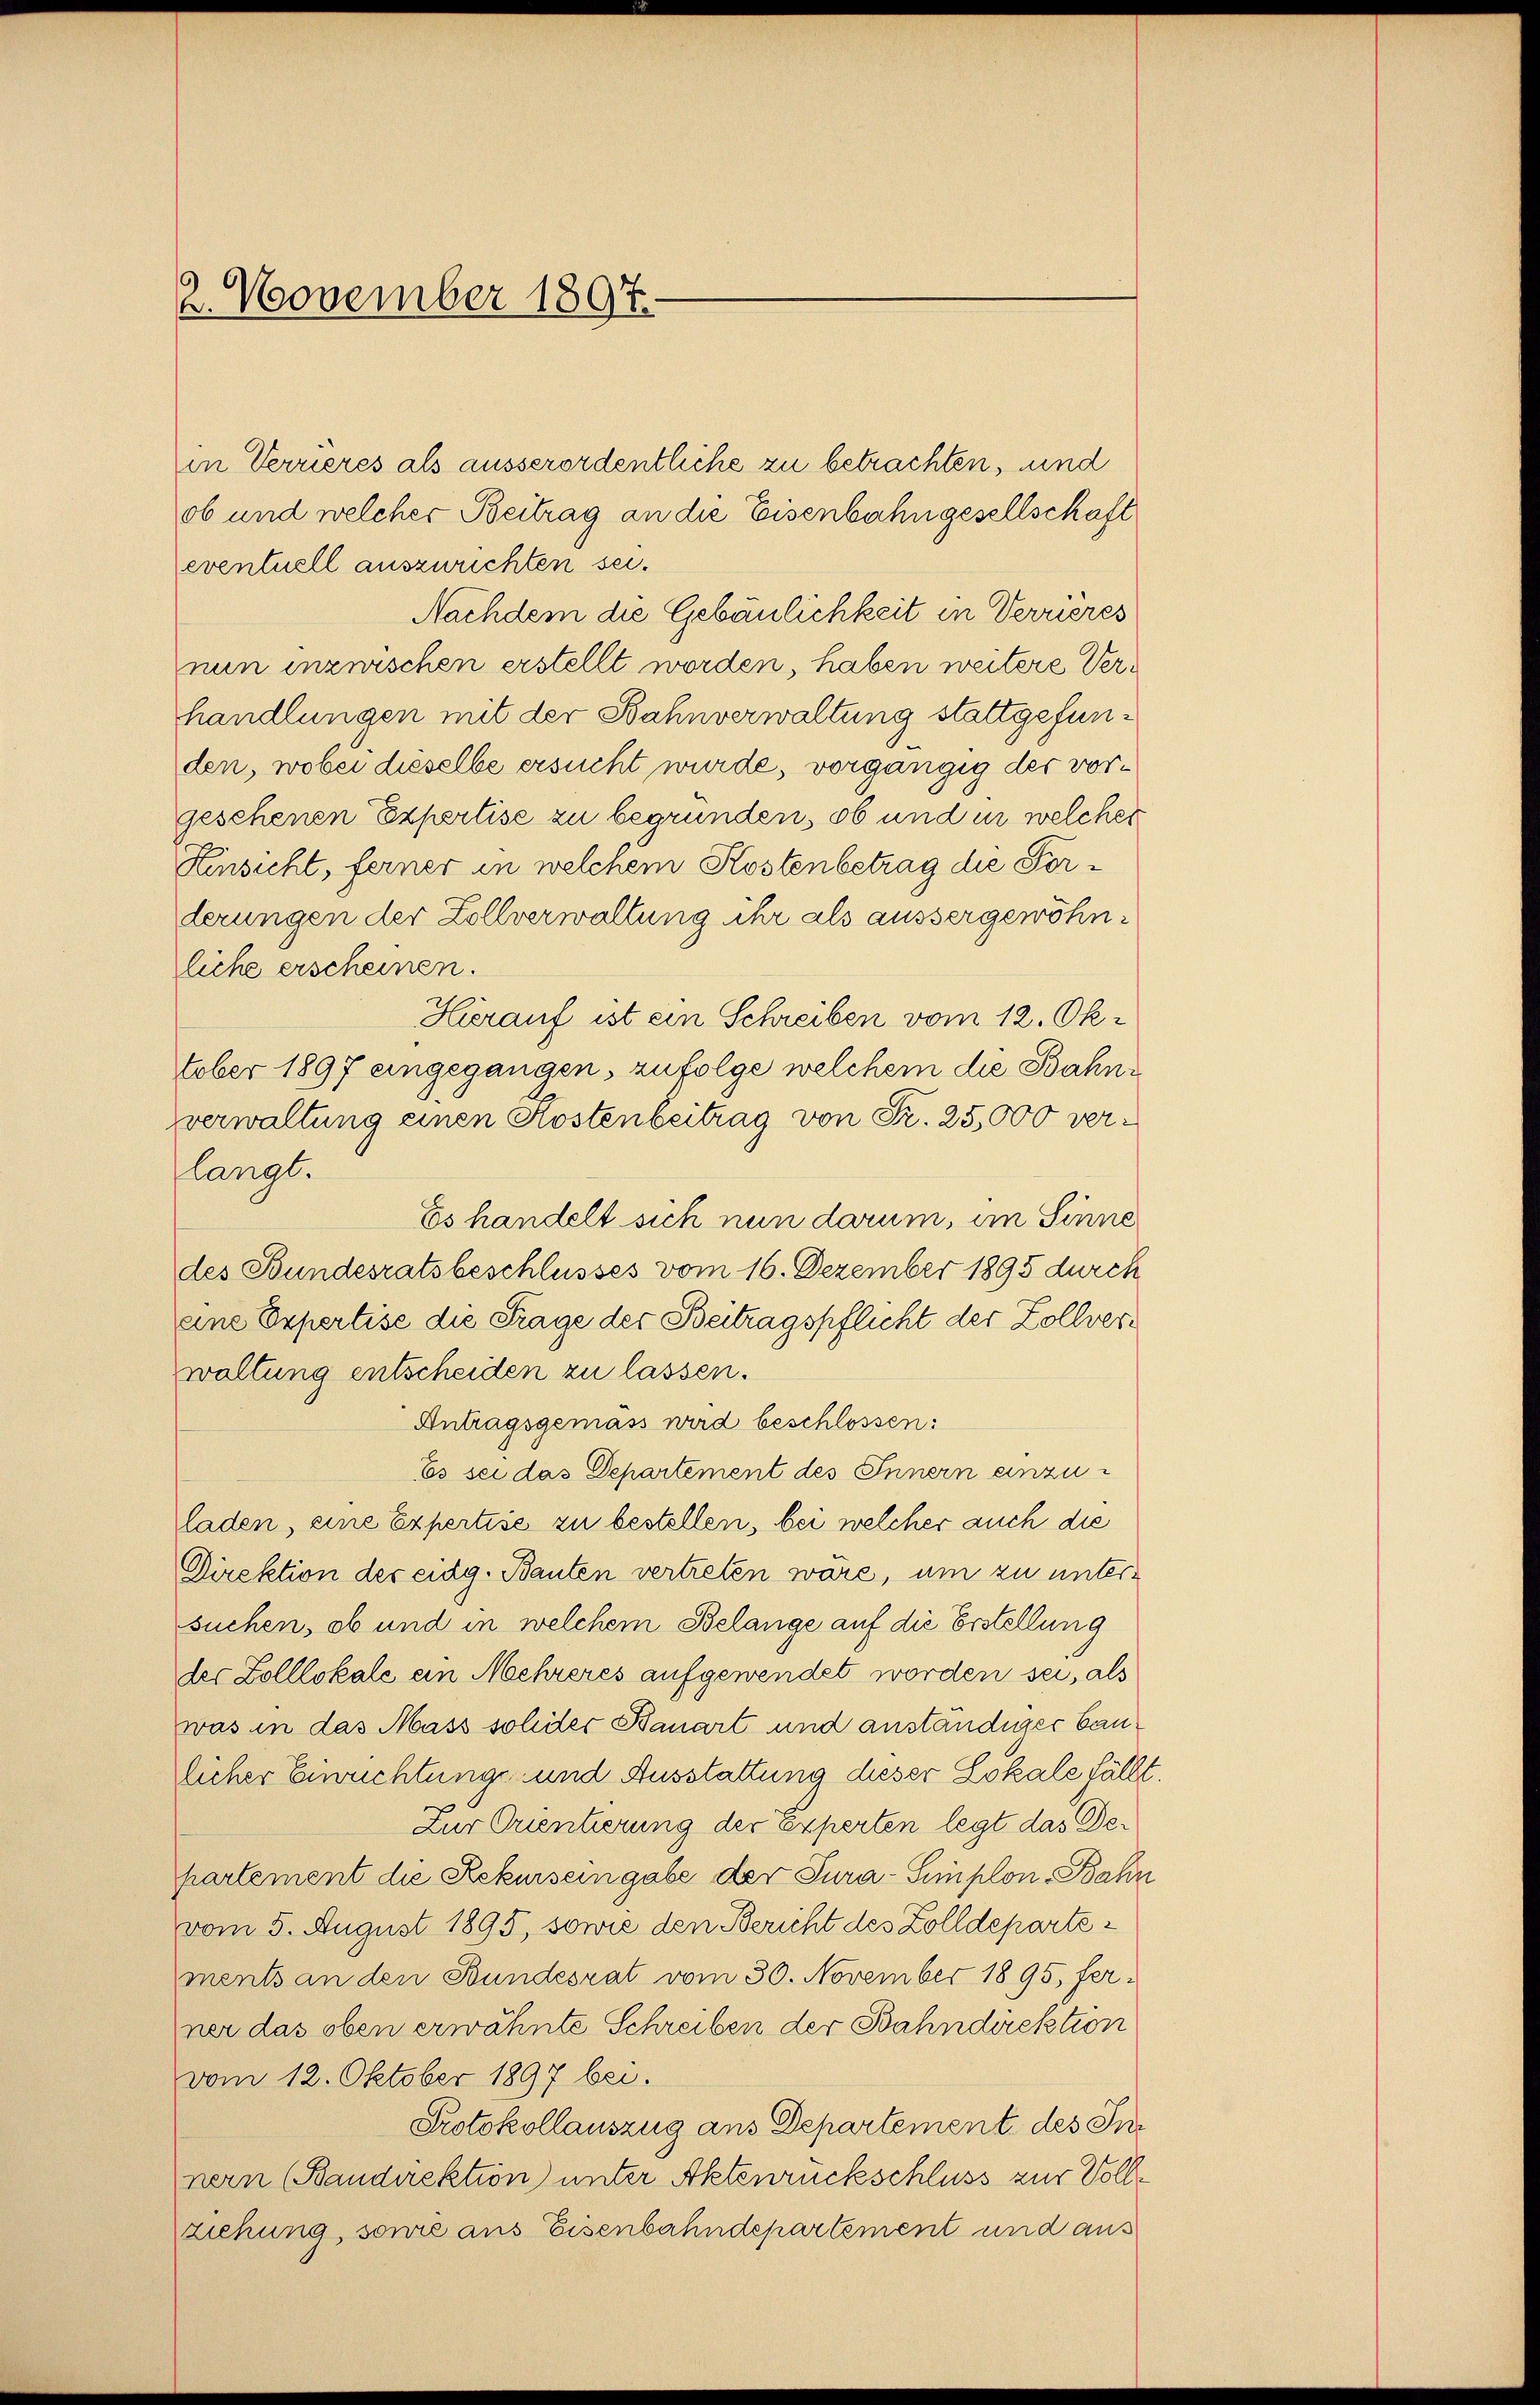
2. November 1897.

eventuell auszurichten sei.
Hinsicht, ferner in welchem Kostenbetrag die Forderungen der Zollverwaltung ihr als aussergewöhnliche erscheinen.
Hierauf ist ein Schreiben vom 12. Oktober 1897 eingegangen, zufolge welchem die Bahnverwaltung einen Kostenbeitrag von Fr. 25,000 verlangt.
Es handelt sich nun darum, im Sinne
des Bundesratsbeschlusses vom 16. Dezember 1895 durch
eine Expertise die Frage der Beitragspflicht der Zollverwaltung entscheiden zu lassen.
Antragsgemäss wird beschlossen:
Es sei das Departement des Innern einzuladen, eine Expertise zu bestellen, bei welcher auch die
Direktion der eidg. Bauten vertreten wäre, um zu untersuchen, ob und in welchem Belange auf die Erstellung
des Colllokale ein Mehreres aufgewendet worden sei, als
was in das Mass sollter Bauart und anständiger Baulicher Einrichtung und Ausstattung dieser Lokale fällt.
Zur Orientierung der Experten legt das Departement die Rekursein gabe der Jura-Simplon-Bahn
vom 5. August 1895, sowie den Bericht des Zolldepartements an den Bundesrat vom 30. November 1895, ferner das oben erwähnte Schreiben der Bahndirektion
vom 12. Oktober 1897 bei.
Protokollauszug aus Departement des Innern (Bandirektion) unter Aktenrückschluss zur Vollziehung, sowie aus Eisenbahndepartement und aus

ob und welcher Beitrag an die Eisenbahngesellschaft
Nachdem die Gebäulichkeit in Verrieres
nun inzwischen erstellt worden, haben weitere Verhandlungen mit der Bahnverwaltung stattgefunden, wobei dieselbe ersucht wurde, vorgängig der vorgeschenen Expertise zu begründen, ob und in welcher

in Verrieres als ausserordentliche zu betrachten, und